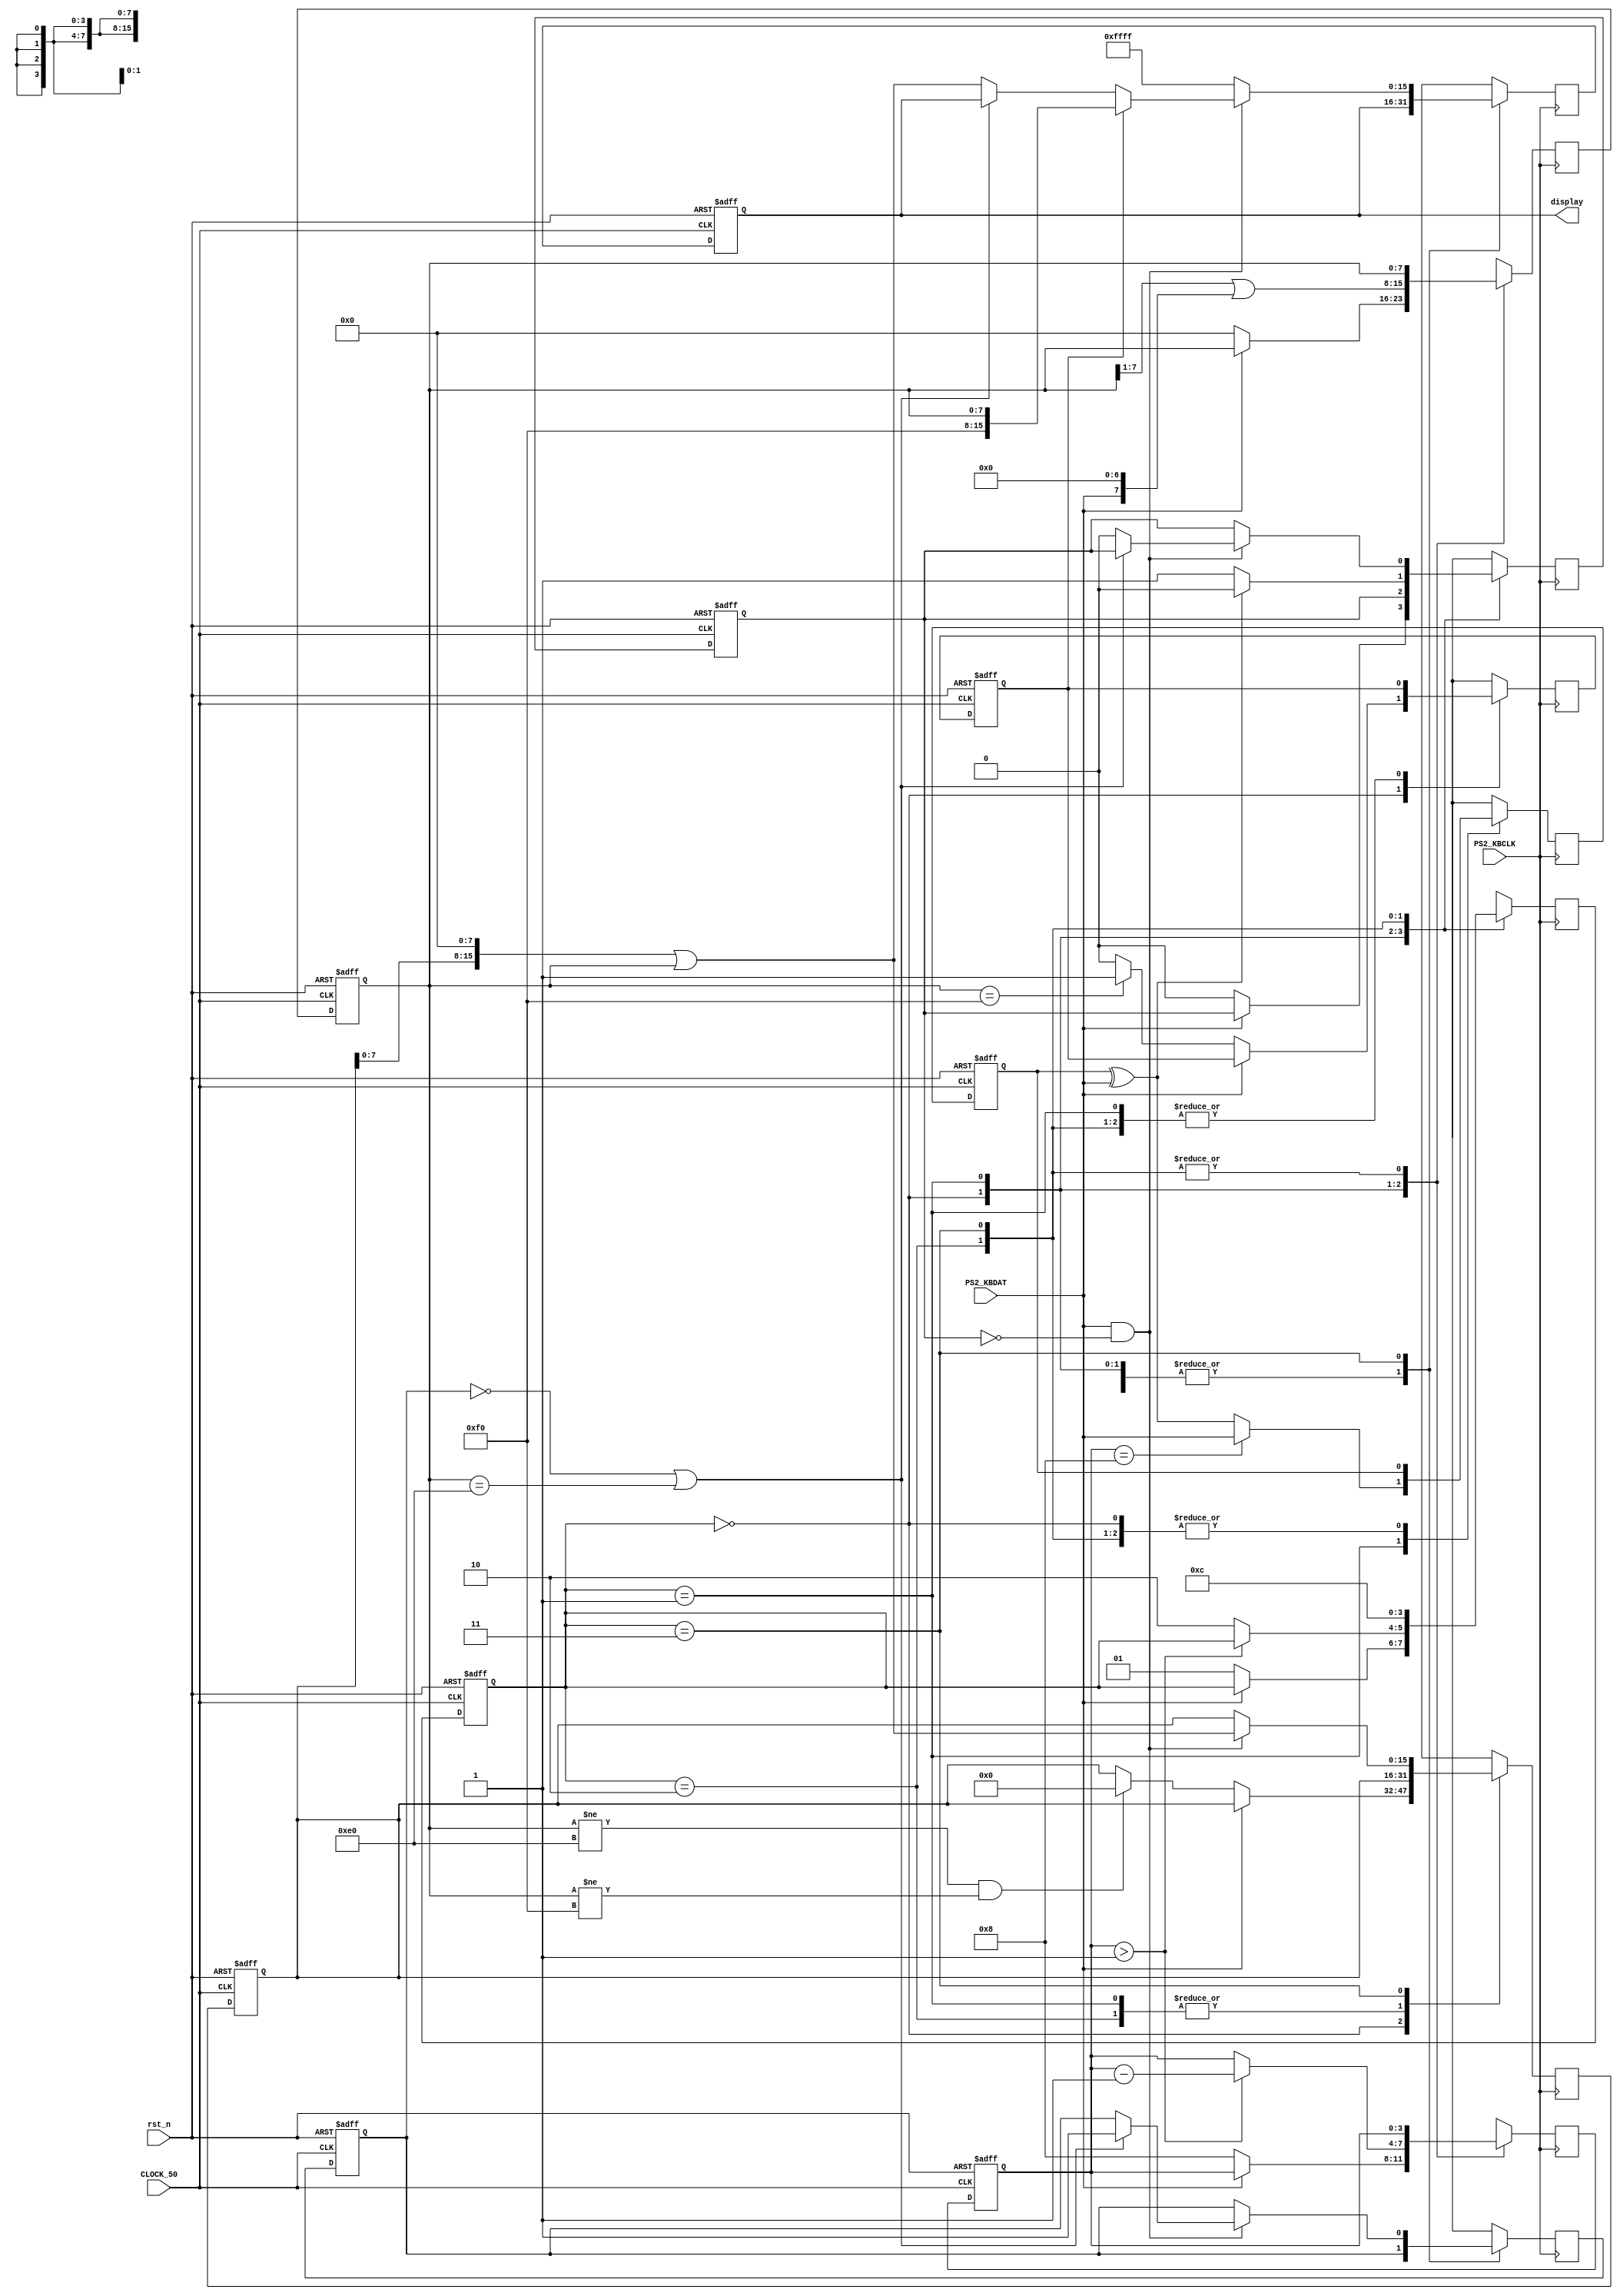
module ps2 (
    input PS2_KBCLK,
    input PS2_KBDAT,
    input rst_n,
    input CLOCK_50,
    output [15:0] display
);

    localparam START = 1'b0;
    localparam STOP = 1'b1;
    localparam startState = 2'b00;
    localparam dataState = 2'b01;
    localparam parityState = 2'b10;
    localparam stopState = 2'b11;

    reg[1:0] stateReg, stateNext;


    reg [15:0] displayReg, displayNext;
	 reg [15:0] tempDispReg, tempDispNext;
    reg [7:0] dataReg, dataNext;
    reg [3:0] countReg, countNext;
    reg parityReg, parityNext;
    reg flagErrorReg, flagErrorNext;
    reg flagE0Reg, flagE0Next;
    reg flagF0Reg, flagF0Next; 
	 
	 assign display = displayReg;


    always @(posedge CLOCK_50, negedge rst_n) begin
        if (!rst_n) begin
				stateReg <= 2'd0;
				displayReg <= 16'd0;
				tempDispReg <= 16'd0;
				dataReg <= 8'd0;
				countReg <= 4'd0;
				parityReg <= 1'd0;
				flagErrorReg <= 1'd0;
				flagE0Reg <= 1'd0;
				flagF0Reg <= 1'd0;
        end else begin
				stateReg <= stateNext;
				displayReg <= displayNext;
				tempDispReg <= tempDispNext;
				dataReg <= dataNext;
				countReg <= countNext;
				parityReg <= parityNext;
				flagErrorReg <= flagErrorNext;
				flagE0Reg <= flagE0Next;
				flagF0Reg <= flagF0Next;
        end
    end

    always @(negedge PS2_KBCLK) begin
        	stateNext = stateReg;
			displayNext = displayReg;
			tempDispNext = tempDispReg;
			dataNext = dataReg;
			countNext = countReg;
			parityNext = parityReg;
			flagErrorNext = flagErrorReg;
			flagE0Next = flagE0Reg;
			flagF0Next = flagF0Reg;
			
         case (stateReg)
            startState: begin 
				
               if (PS2_KBDAT == START) begin
                  flagErrorNext = 1'b0;
                  countNext = 4'd8;
                  dataNext = 8'd0;
                  stateNext = dataState;
						
						//ovo ovde nam sluzi da prikazemo samo 1B ako je make code 1B
						if(dataReg != 8'hE0 && dataReg != 8'hF0) begin
							tempDispNext = 16'd0;
						end

                  if( dataReg == 8'hF0) begin
                     flagF0Next = 1'b1;
                  end else begin
                     flagF0Next = 1'b0;
                  end
                end
					 
            end

            dataState: begin
				
               dataNext = (dataReg >> 1'b1) | ({PS2_KBDAT,{7{1'b0}}}); 

               if(countReg == 4'd8) begin
                  parityNext = PS2_KBDAT;
               end else begin
                  parityNext = parityReg ^ PS2_KBDAT;
               end     

               if(countReg > 4'd1) begin
                  countNext = countReg - 4'd1; 
               end else begin
                  stateNext = parityState;
               end
					
            end
            
            parityState: begin
				
               if(parityReg ^ PS2_KBDAT) begin
                  //ispravno
                  flagErrorNext = 1'b0;
               end else begin
                  //neispravno
                  flagErrorNext = 1'b1;
               end
               stateNext = stopState;
					
            end

            stopState: begin
				
               if(PS2_KBDAT == STOP && flagErrorReg == 1'b0) begin
						
						tempDispNext = (tempDispReg<<8) | dataReg;
						if( flagE0Reg == 1'b0 || dataReg == 8'hE0) begin
							flagE0Next = 1'b1;
						end else begin
							displayNext = tempDispNext;
							flagErrorNext = 1'b0;
						end
						
						if(flagF0Reg == 1'b1) begin
							displayNext = {8'hF0,dataReg};
						end
               end else begin
						//greska parity ili stop bit
                  displayNext = 16'hFFFF;
               end
               stateNext = startState;
            
				end
				
        endcase
    end

endmodule